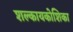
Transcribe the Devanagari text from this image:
शल्कायकोशिका